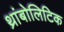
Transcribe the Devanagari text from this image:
थ्रांबोलिटिक